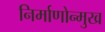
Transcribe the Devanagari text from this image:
निर्माणोन्मुख